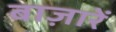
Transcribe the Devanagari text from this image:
बाज़ारें